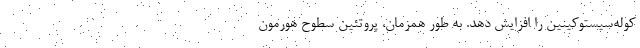
کوله‌سیستوکینین را افزایش دهد. به طور همزمان، پروتئین سطوح هورمون